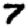
Digit: 7